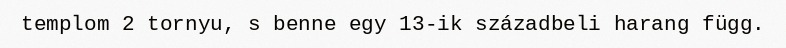
templom 2 tornyu, s benne egy 13-ik századbeli harang függ.